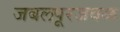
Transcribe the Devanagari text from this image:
जबलपूरजवळ